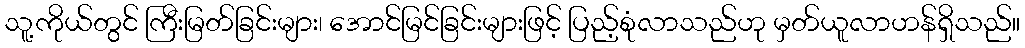
သူ့ကိုယ်တွင် ကြီးမြတ်ခြင်းများ၊ အောင်မြင်ခြင်းများဖြင့် ပြည့်စုံလာသည်ဟု မှတ်ယူလာဟန်ရှိသည်။